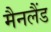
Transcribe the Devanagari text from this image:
मैनलैंड